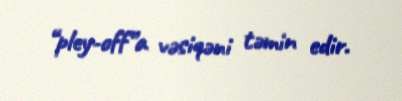
“pley-off”a vəsiqəni təmin edir.